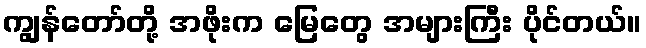
ကျွန်တော်တို့ အဖိုးက မြေတွေ အများကြီး ပိုင်တယ်။